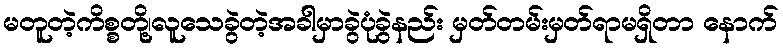
မတူတဲ့ကိစ္စတို့၊လူသေခွဲတဲ့အခါမှာခွဲပုံခွဲနည်း မှတ်တမ်းမှတ်ရာမရှိတာ နောက်